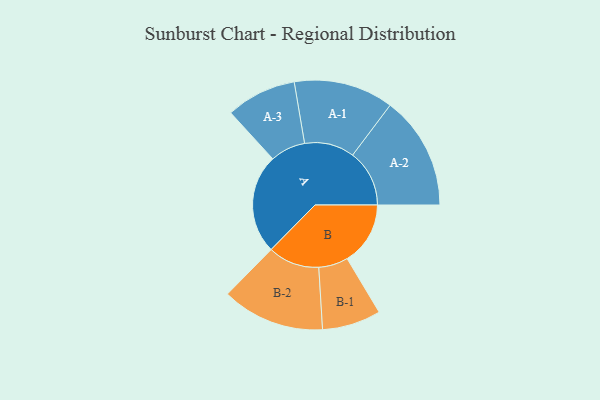
{"axis": {"x": "Segment", "y": "Value"}, "legend": ["", "A", "B"], "data": [{"x": "A", "y": 447, "type": ""}, {"x": "B", "y": 284, "type": ""}, {"x": "A-1", "y": 224, "type": "A"}, {"x": "A-2", "y": 255, "type": "A"}, {"x": "A-3", "y": 158, "type": "A"}, {"x": "B-1", "y": 132, "type": "B"}, {"x": "B-2", "y": 231, "type": "B"}]}